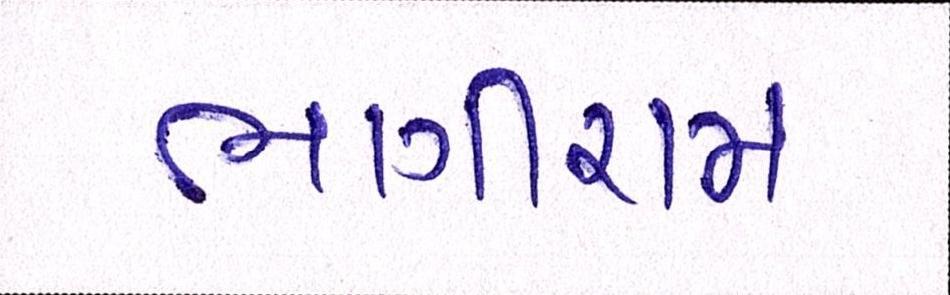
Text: ભાગીરામ